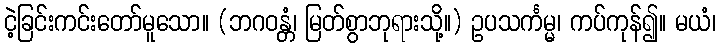
ငဲ့ခြင်းကင်းတော်မူသော။ (ဘဂဝန္တံ၊ မြတ်စွာဘုရားသို့။) ဥပသင်္ကမ္မ၊ ကပ်ကုန်၍။ မယံ၊